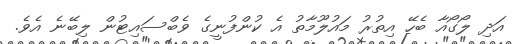
އަދި ލޯގޯއާ ބެހޭ އިތުރު މައުލޫމާތު އެ ކުންފުނީގެ ވެބްސައިޓުން ލިބޭނެ އެވެ.